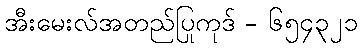
အီးမေးလ်အတည်ပြုကုဒ် - ၆၅၄၃၂၁